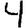
Digit: 4